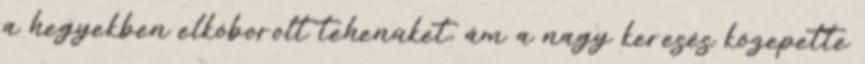
a hegyekben elkóborolt tehenüket, ám a nagy keresés közepette